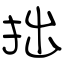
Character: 拙